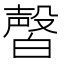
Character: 㿦